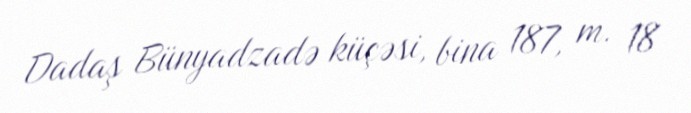
Dadaş Bünyadzadə küçəsi, bina 187, m. 18